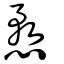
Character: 愗